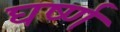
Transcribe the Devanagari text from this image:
घर्ष्ण